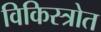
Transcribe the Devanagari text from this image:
विकिस्त्रोत